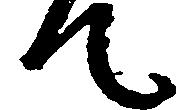
て